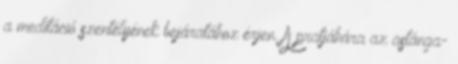
a meditáció szentélyének bejáratához érjen. A pratjáhára az astánga-